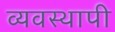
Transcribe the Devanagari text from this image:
व्यवस्थापी